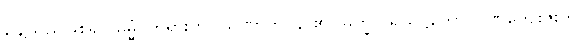
ချေသည်ဖြစ်၍။ ဓမ္မံ၊ တရားကို။ သုဏာတိ၊ နာ၏။ မက္ခိ ပရိယုဋ္ဌိတော၊ ဂုဏ်ကျေးဇူးကို